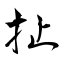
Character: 扯